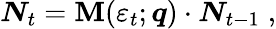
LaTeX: \boldsymbol{N}_{t}=\boldsymbol{\mathbf{M}}(\varepsilon_{t};\boldsymbol{q})\cdot\boldsymbol{N}_{t-1}\; ,